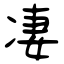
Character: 凄